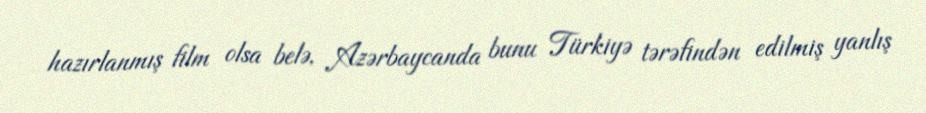
hazırlanmış film olsa belə, Azərbaycanda bunu Türkiyə tərəfindən edilmiş yanlış